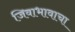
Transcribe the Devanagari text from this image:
जिवाभावाचा